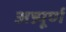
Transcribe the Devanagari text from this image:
अन्न्पूर्ण